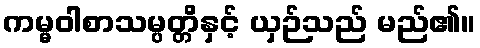
ကမ္မဝါစာသမ္ပတ္တိနှင့် ယှဉ်သည် မည်၏။